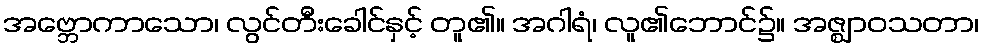
အဗ္ဘောကာသော၊ လွင်တီးခေါင်နှင့် တူ၏။ အဂါရံ၊ လူ၏ဘောင်၌။ အဇ္ဈာဝသတာ၊